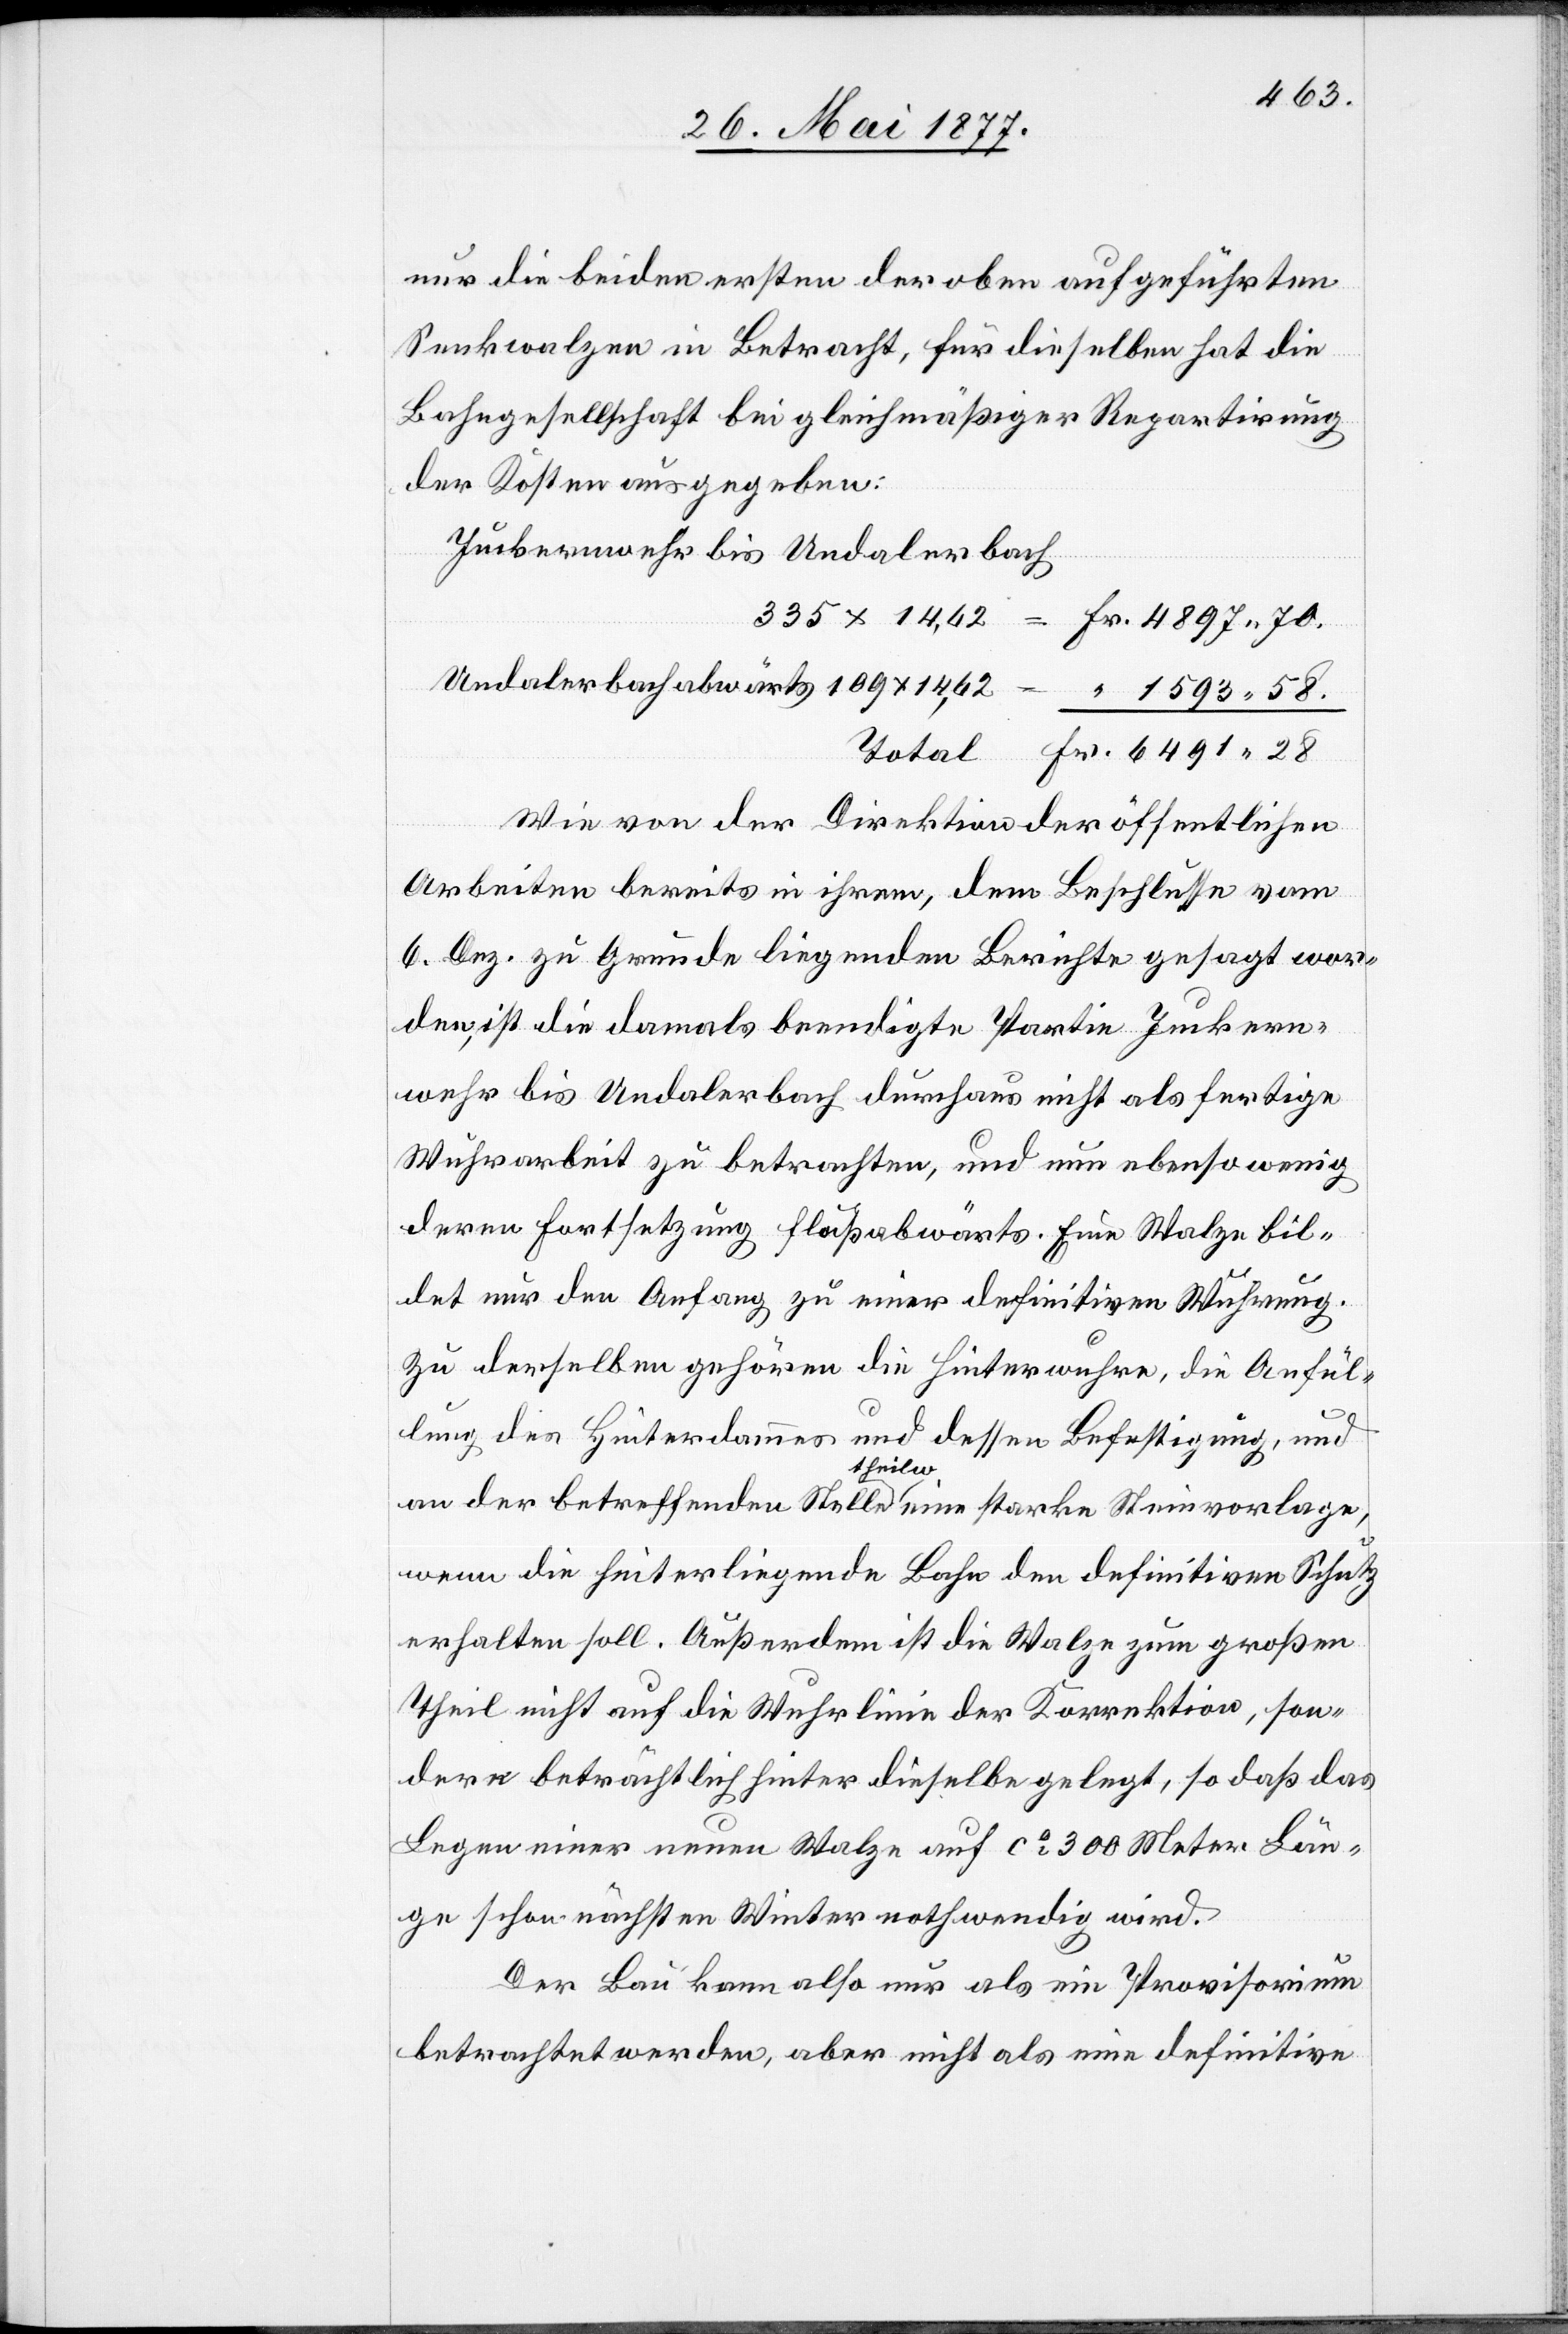
nur die beiden ersten der oben aufgeführten
Senkwalzen in Betracht, für dieselben hat die
Bahngesellschaft bei gleichmäßiger Repartirung
der Kosten ausgegeben:
Juckernwehr bis Undalerbach
Total
Wie von der Direktion der öffentlichen
Arbeiten bereits in ihrem, dem Beschlusse vom
6. Dez. zu Grunde liegenden Berichte gesagt wor¬
ist, ist die damals beendigte Partie Juckern¬
wehr bis Undalerbach durchaus nicht als fertige
Wuhrarbeit zu betrachten, und nun ebenso wenig
deren Fortsetzung Flußabwärts. Eine Walze bil¬
det nur den Anfang zu einer definitiven Wuhrung.
Zu derselben gehören die Hinterwuhren, die Anfül¬
109
lung des Hinterdammes und dessen Befestigung, und
an der betreffenden Stelle theilw. eine starke Steinvorlage,
wenn die hinterliegende Bahn den definitiven Schutz
erhalten soll. Außerdem ist die Walze zum großen
Theil nicht auf die Wuhrlinie der Korrektion, son¬
dern beträchtlich hinter dieselbe gelegt, so daß das
Legen einer neuen Walze auf ca 300 Meter Län¬
ge schon nächsten Winter nothwendig wird.
Der Bau kann also nur als ein Provisorium
betrachtet werden, aber nicht als eine definitive

den